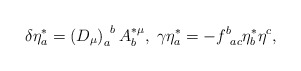
\begin{align*}\delta \eta _a^{*}=\left( D_\mu \right) _a^{\;\;b}A_b^{*\mu},\;\gamma \eta _a^{*}=-f_{\;\;ac}^b\eta _b^{*}\eta ^c,\end{align*}